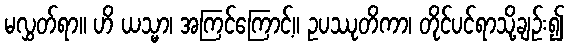
မလွှတ်ရာ။ ဟိ ယသ္မာ၊ အကြင်ကြောင့်။ ဥပဿုတိကာ၊ တိုင်ပင်ရာသို့ချဉ်း၍